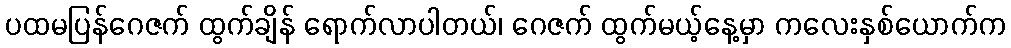
ပထမပြန်ဂေဇက် ထွက်ချိန် ရောက်လာပါတယ်၊ ဂေဇက် ထွက်မယ့်နေ့မှာ ကလေးနှစ်ယောက်က